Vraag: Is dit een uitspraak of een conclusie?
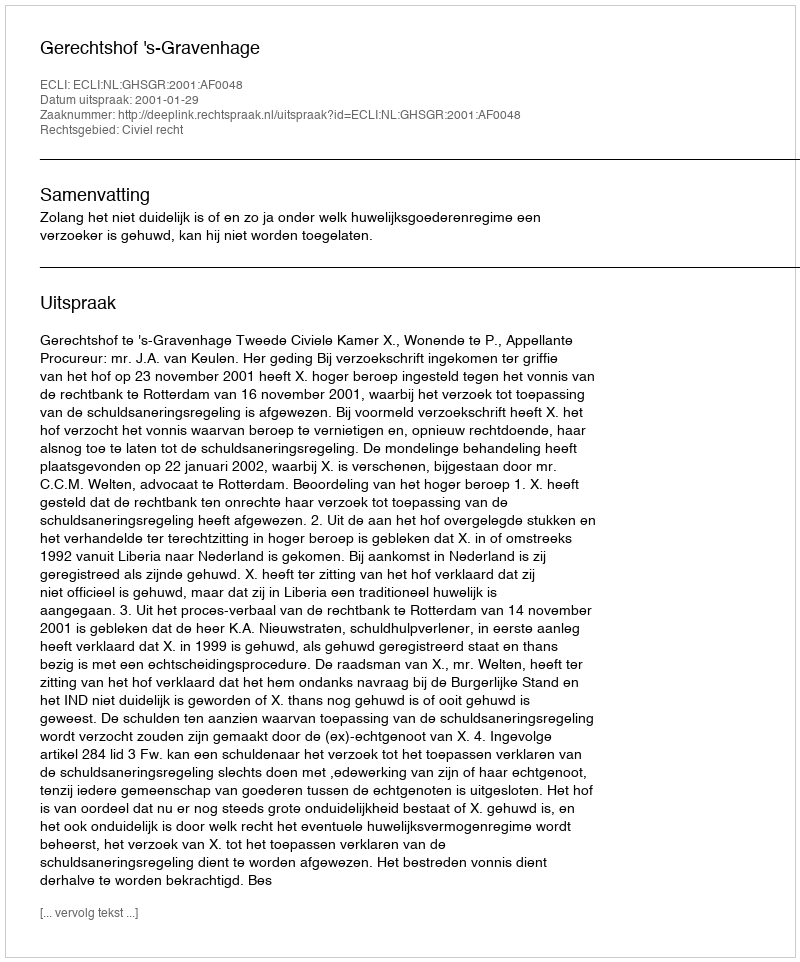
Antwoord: Uitspraak